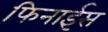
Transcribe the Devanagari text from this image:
फिनाईस